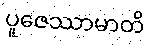
ပူဇေဿာမာတိ